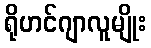
ရိုဟင်ဂျာလူမျိုး